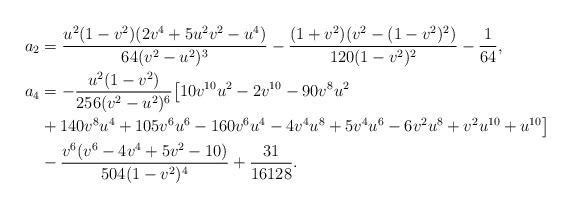
LaTeX: \begin{align*}a_2&=\frac{u^2(1-v^2)(2v^4+5u^2v^2-u^4)}{64(v^2-u^2)^3}-\frac{(1+v^2)(v^2-(1-v^2)^2)}{120(1-v^2)^2}-\frac{1}{64},\\a_4&=-\frac{u^2(1-v^2)}{256(v^2-u^2)^6}\big[10v^{10}u^2-2v^{10}-90v^8u^2\\ &+140v^8u^4+105v^6u^6-160v^6u^4-4v^4u^8+5v^4u^6-6v^2u^8+v^2u^{10}+u^{10}\big]\\ &-\frac{v^6(v^6-4v^4+5v^2-10)}{504(1-v^2)^4}+\frac{31}{16128}.\end{align*}